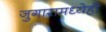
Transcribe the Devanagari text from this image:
जुगारामध्येही